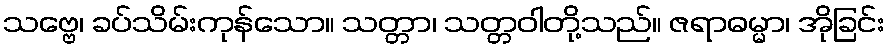
သဗ္ဗေ၊ ခပ်သိမ်းကုန်သော။ သတ္တာ၊ သတ္တဝါတို့သည်။ ဇရာဓမ္မာ၊ အိုခြင်း